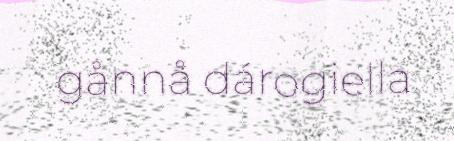
gånnå dárogiella